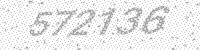
Solution: 572136